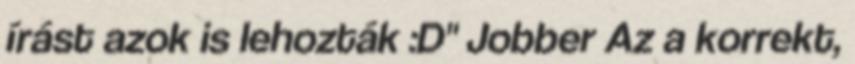
írást azok is lehozták :D" Jobber Az a korrekt,